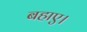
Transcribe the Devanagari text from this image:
बहाए।